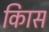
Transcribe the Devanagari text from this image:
किास